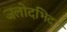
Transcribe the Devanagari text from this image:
जलोदभिद